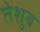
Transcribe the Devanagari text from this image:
तेशुब